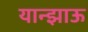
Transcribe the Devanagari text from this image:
यान्झाऊ